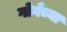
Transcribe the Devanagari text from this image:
गोगँच्या